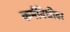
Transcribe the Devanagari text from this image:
कर्मविधीवर